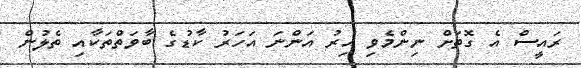
ރައީސް އެ ގޮތަށް ނިންމެވި އިރު އަންނަ އަހަރު ކާޑުގެ ބާވަތްތަކާއި ތެލުން